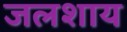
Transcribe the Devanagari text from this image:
जलशाय